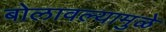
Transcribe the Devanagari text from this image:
बोलावल्यामुळे